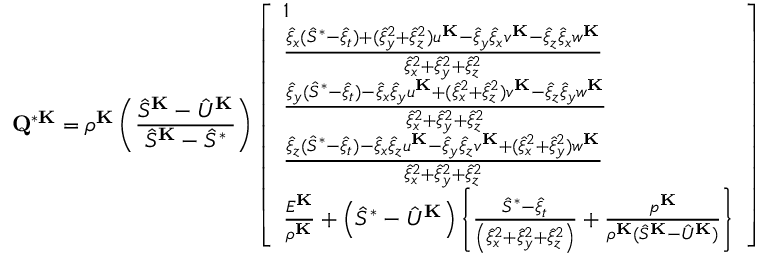
\mathbf { Q } ^ { * \mathbf { K } } = \rho ^ { \mathbf { K } } \left( \frac { \hat { S } ^ { \mathbf { K } } - \hat { U } ^ { \mathbf { K } } } { \hat { S } ^ { \mathbf { K } } - \hat { S } ^ { * } } \right) \left[ \begin{array} { l } { 1 } \\ { \frac { \hat { \xi } _ { x } ( \hat { S } ^ { * } - \hat { \xi } _ { t } ) + ( \hat { \xi } _ { y } ^ { 2 } + \hat { \xi } _ { z } ^ { 2 } ) u ^ { \mathbf { K } } - \hat { \xi } _ { y } \hat { \xi } _ { x } v ^ { \mathbf { K } } - \hat { \xi } _ { z } \hat { \xi } _ { x } w ^ { \mathbf { K } } } { \hat { \xi } _ { x } ^ { 2 } + \hat { \xi } _ { y } ^ { 2 } + \hat { \xi } _ { z } ^ { 2 } } } \\ { \frac { \hat { \xi } _ { y } ( \hat { S } ^ { * } - \hat { \xi } _ { t } ) - \hat { \xi } _ { x } \hat { \xi } _ { y } u ^ { \mathbf { K } } + ( \hat { \xi } _ { x } ^ { 2 } + \hat { \xi } _ { z } ^ { 2 } ) v ^ { \mathbf { K } } - \hat { \xi } _ { z } \hat { \xi } _ { y } w ^ { \mathbf { K } } } { \hat { \xi } _ { x } ^ { 2 } + \hat { \xi } _ { y } ^ { 2 } + \hat { \xi } _ { z } ^ { 2 } } } \\ { \frac { \hat { \xi } _ { z } ( \hat { S } ^ { * } - \hat { \xi } _ { t } ) - \hat { \xi } _ { x } \hat { \xi } _ { z } u ^ { \mathbf { K } } - \hat { \xi } _ { y } \hat { \xi } _ { z } v ^ { \mathbf { K } } + ( \hat { \xi } _ { x } ^ { 2 } + \hat { \xi } _ { y } ^ { 2 } ) w ^ { \mathbf { K } } } { \hat { \xi } _ { x } ^ { 2 } + \hat { \xi } _ { y } ^ { 2 } + \hat { \xi } _ { z } ^ { 2 } } } \\ { \frac { E ^ { \mathbf { K } } } { \rho ^ { \mathbf { K } } } + \left( \hat { S } ^ { * } - \hat { U } ^ { \mathbf { K } } \right) \left\{ \frac { \hat { S } ^ { * } - \hat { \xi } _ { t } } { \left( \hat { \xi } _ { x } ^ { 2 } + \hat { \xi } _ { y } ^ { 2 } + \hat { \xi } _ { z } ^ { 2 } \right) } + \frac { p ^ { \mathbf { K } } } { \rho ^ { \mathbf { K } } ( \hat { S } ^ { \mathbf { K } } - \hat { U } ^ { \mathbf { K } } ) } \right\} } \end{array} \right]